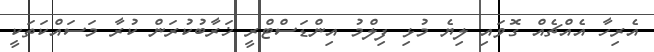
އެރިހާ އެއްޗެއް ގޮވައި ލިޔެ މުޅި ފިލްމު އިންޑަސްޓްރީ ޚަރާބުކުރަން ކުރާ މަސައްކަތަކީ